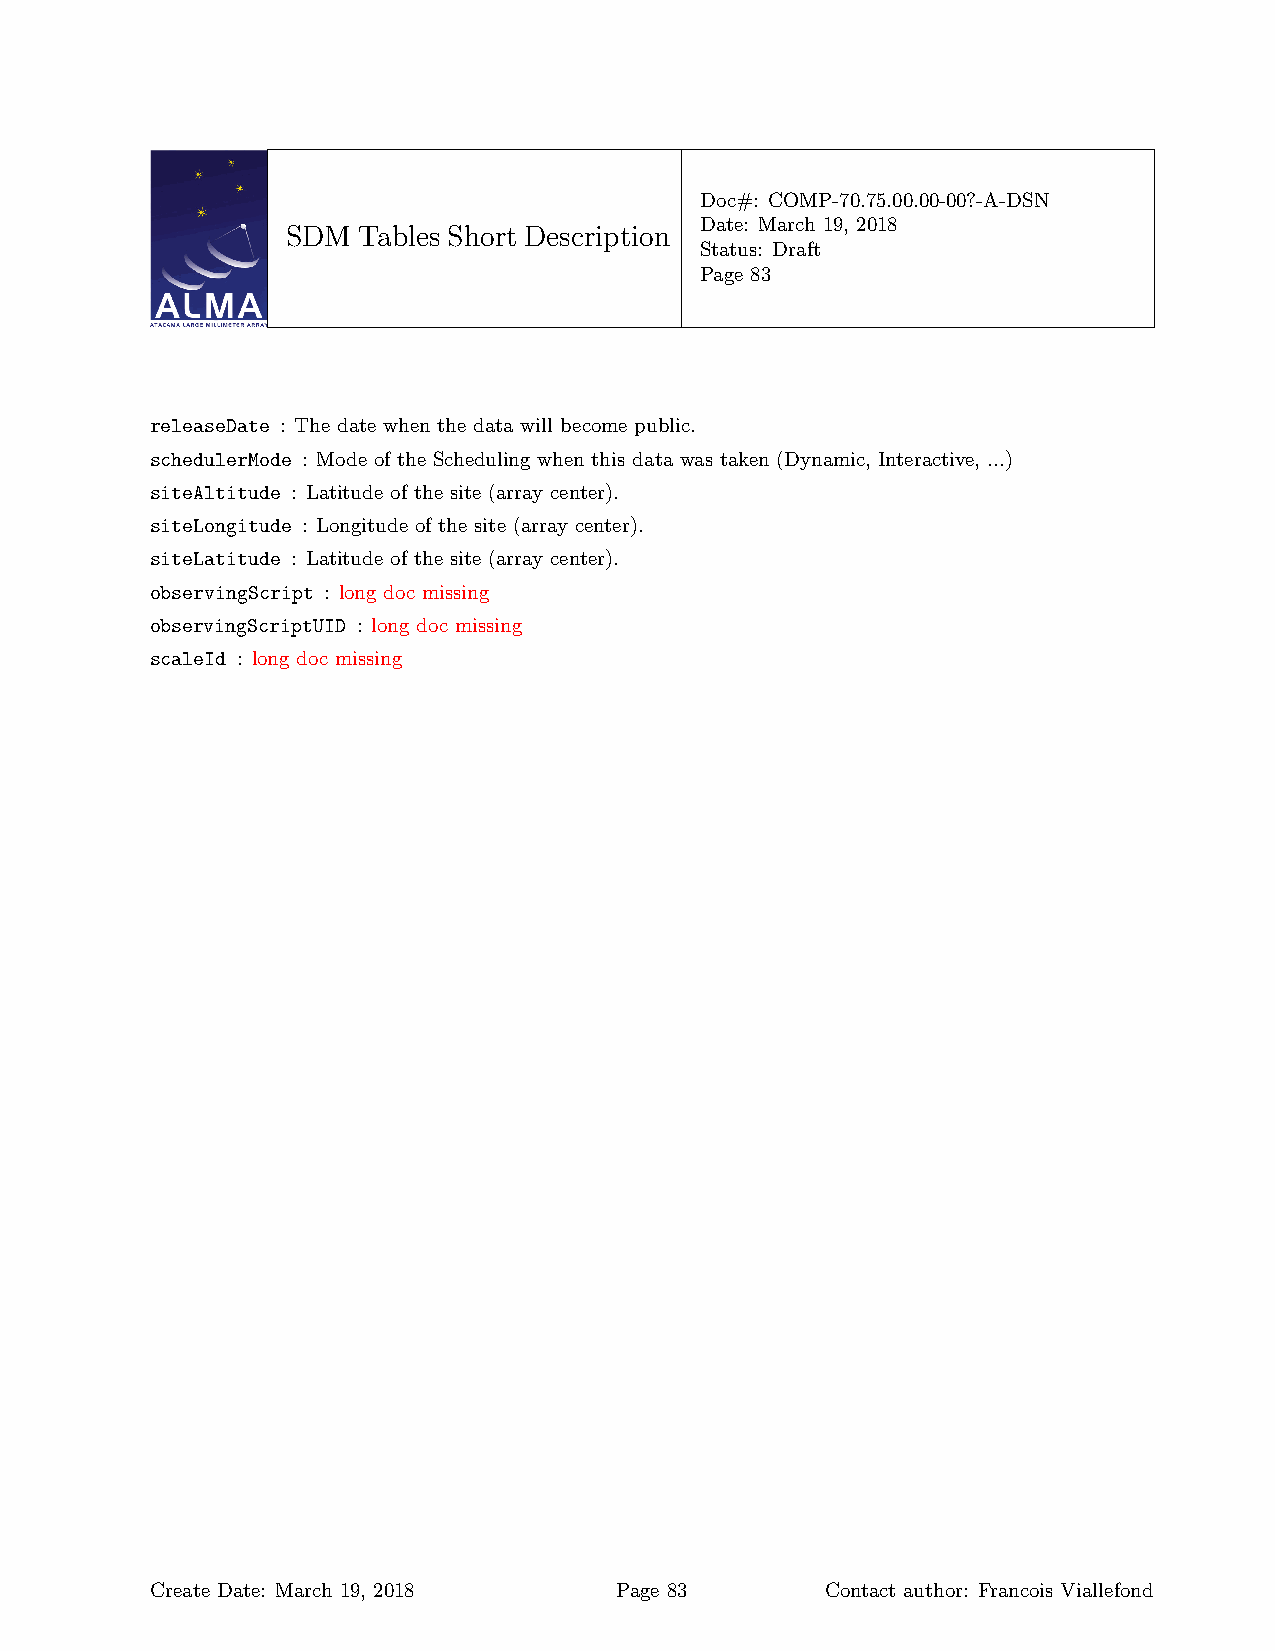
Doc#: COMP-70.75.00.00-00?-A-DSN
 Date: March 19, 2018
 SDM  Tables Short Description
 Status: Draft
 Page 83
 releaseDate : The date when the data will become public.
 schedulerMode : Mode of the Scheduling when this data was taken (Dynamic, Interactive, ...)
 siteAltitude : Latitude of the site (array center).
 siteLongitude : Longitude of the site (array center).
 siteLatitude : Latitude of the site (array center).
 observingScript : long doc missing
 observingScriptUID : long doc missing
 scaleId : long doc missing
 Create Date: March 19, 2018    Page 83       Contact author: Francois Viallefond